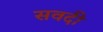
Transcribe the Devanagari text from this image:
सवदी